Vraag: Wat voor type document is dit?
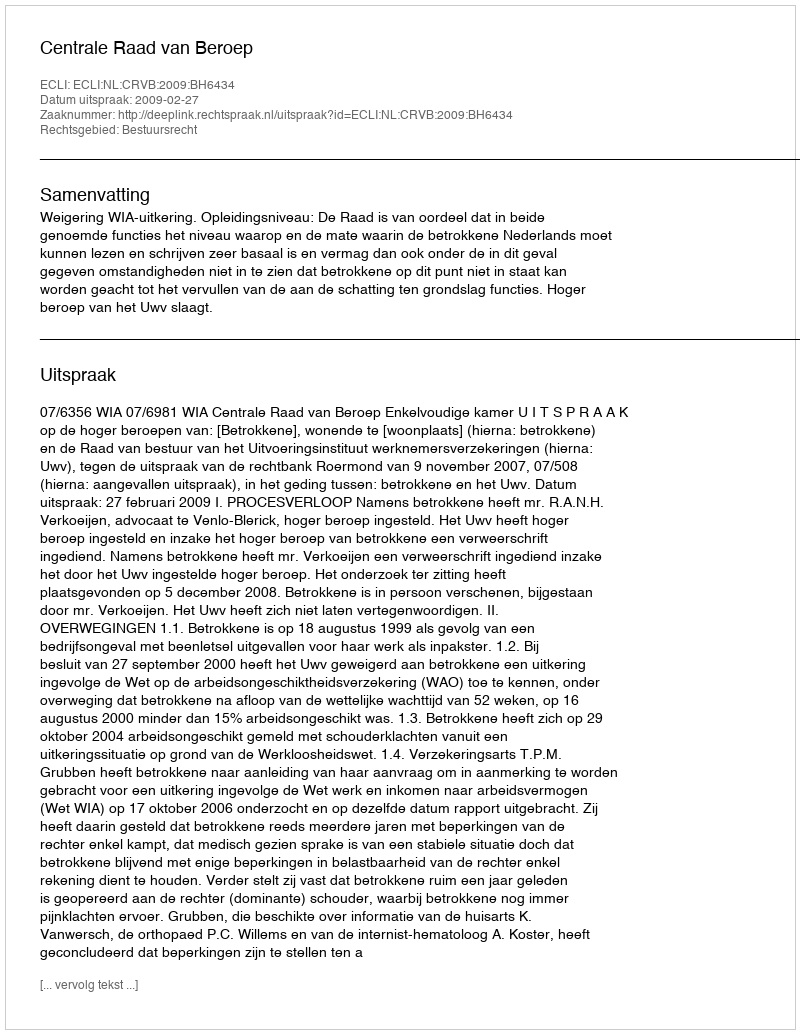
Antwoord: Uitspraak